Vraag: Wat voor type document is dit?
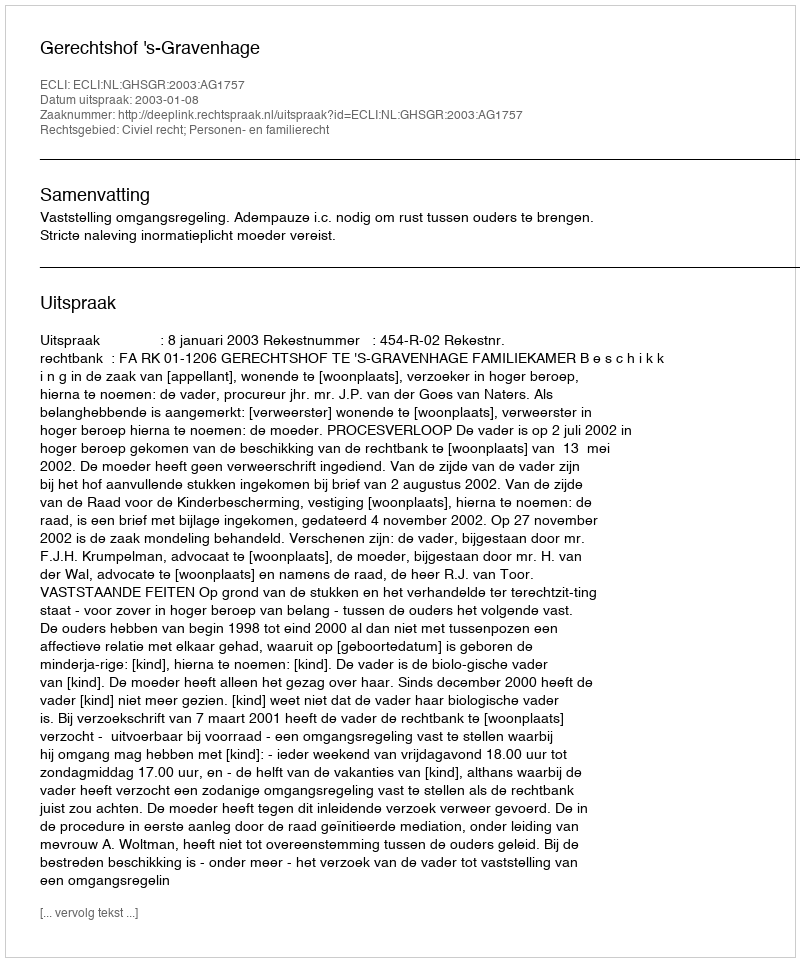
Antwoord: Uitspraak